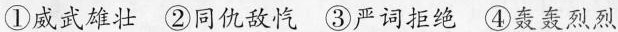
①威武雄壮②同仇敌忾③严词拒绝④轰轰烈烈